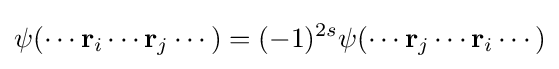
\psi (\cdots \mathbf {r} _{i}\cdots \mathbf {r} _{j}\cdots )=(-1)^{2s}\psi (\cdots \mathbf {r} _{j}\cdots \mathbf {r} _{i}\cdots )